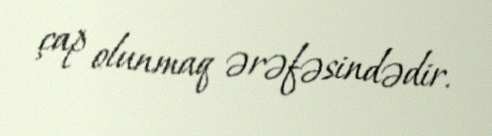
çap olunmaq ərəfəsindədir.